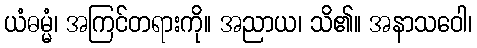
ယံဓမ္မံ၊ အကြင်တရားကို။ အညာယ၊ သိ၏။ အနာသဝေါ၊